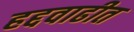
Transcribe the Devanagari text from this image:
हद्दवाढीत